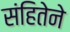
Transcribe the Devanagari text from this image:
संहितेने